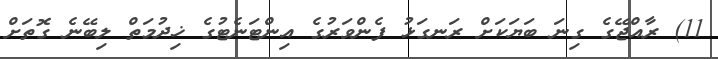
11) ރާއްޖޭގެ ގިނަ ބަޔަކަށް ރަނގަޅު ފެންވަރުގެ އިންޓަނެޓުގެ ޚިދުމަތް ލިބޭނެ ގޮތަށް